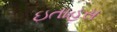
ઇતાહસ